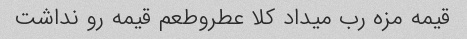
قیمه مزه رب میداد کلا عطروطعم قیمه رو نداشت